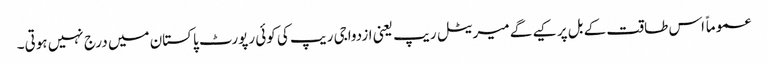
عموماً اس طاقت کے بل پر کیے گے میریٹل ریپ یعنی ازدواجی ریپ کی کوئی رپورٹ پاکستان میں درج نہیں ہوتی۔